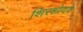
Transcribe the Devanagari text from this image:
शिरशोदय